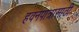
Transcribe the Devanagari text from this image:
हवनपात्रासाठी